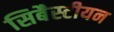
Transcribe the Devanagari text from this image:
सिबैस्टीयन